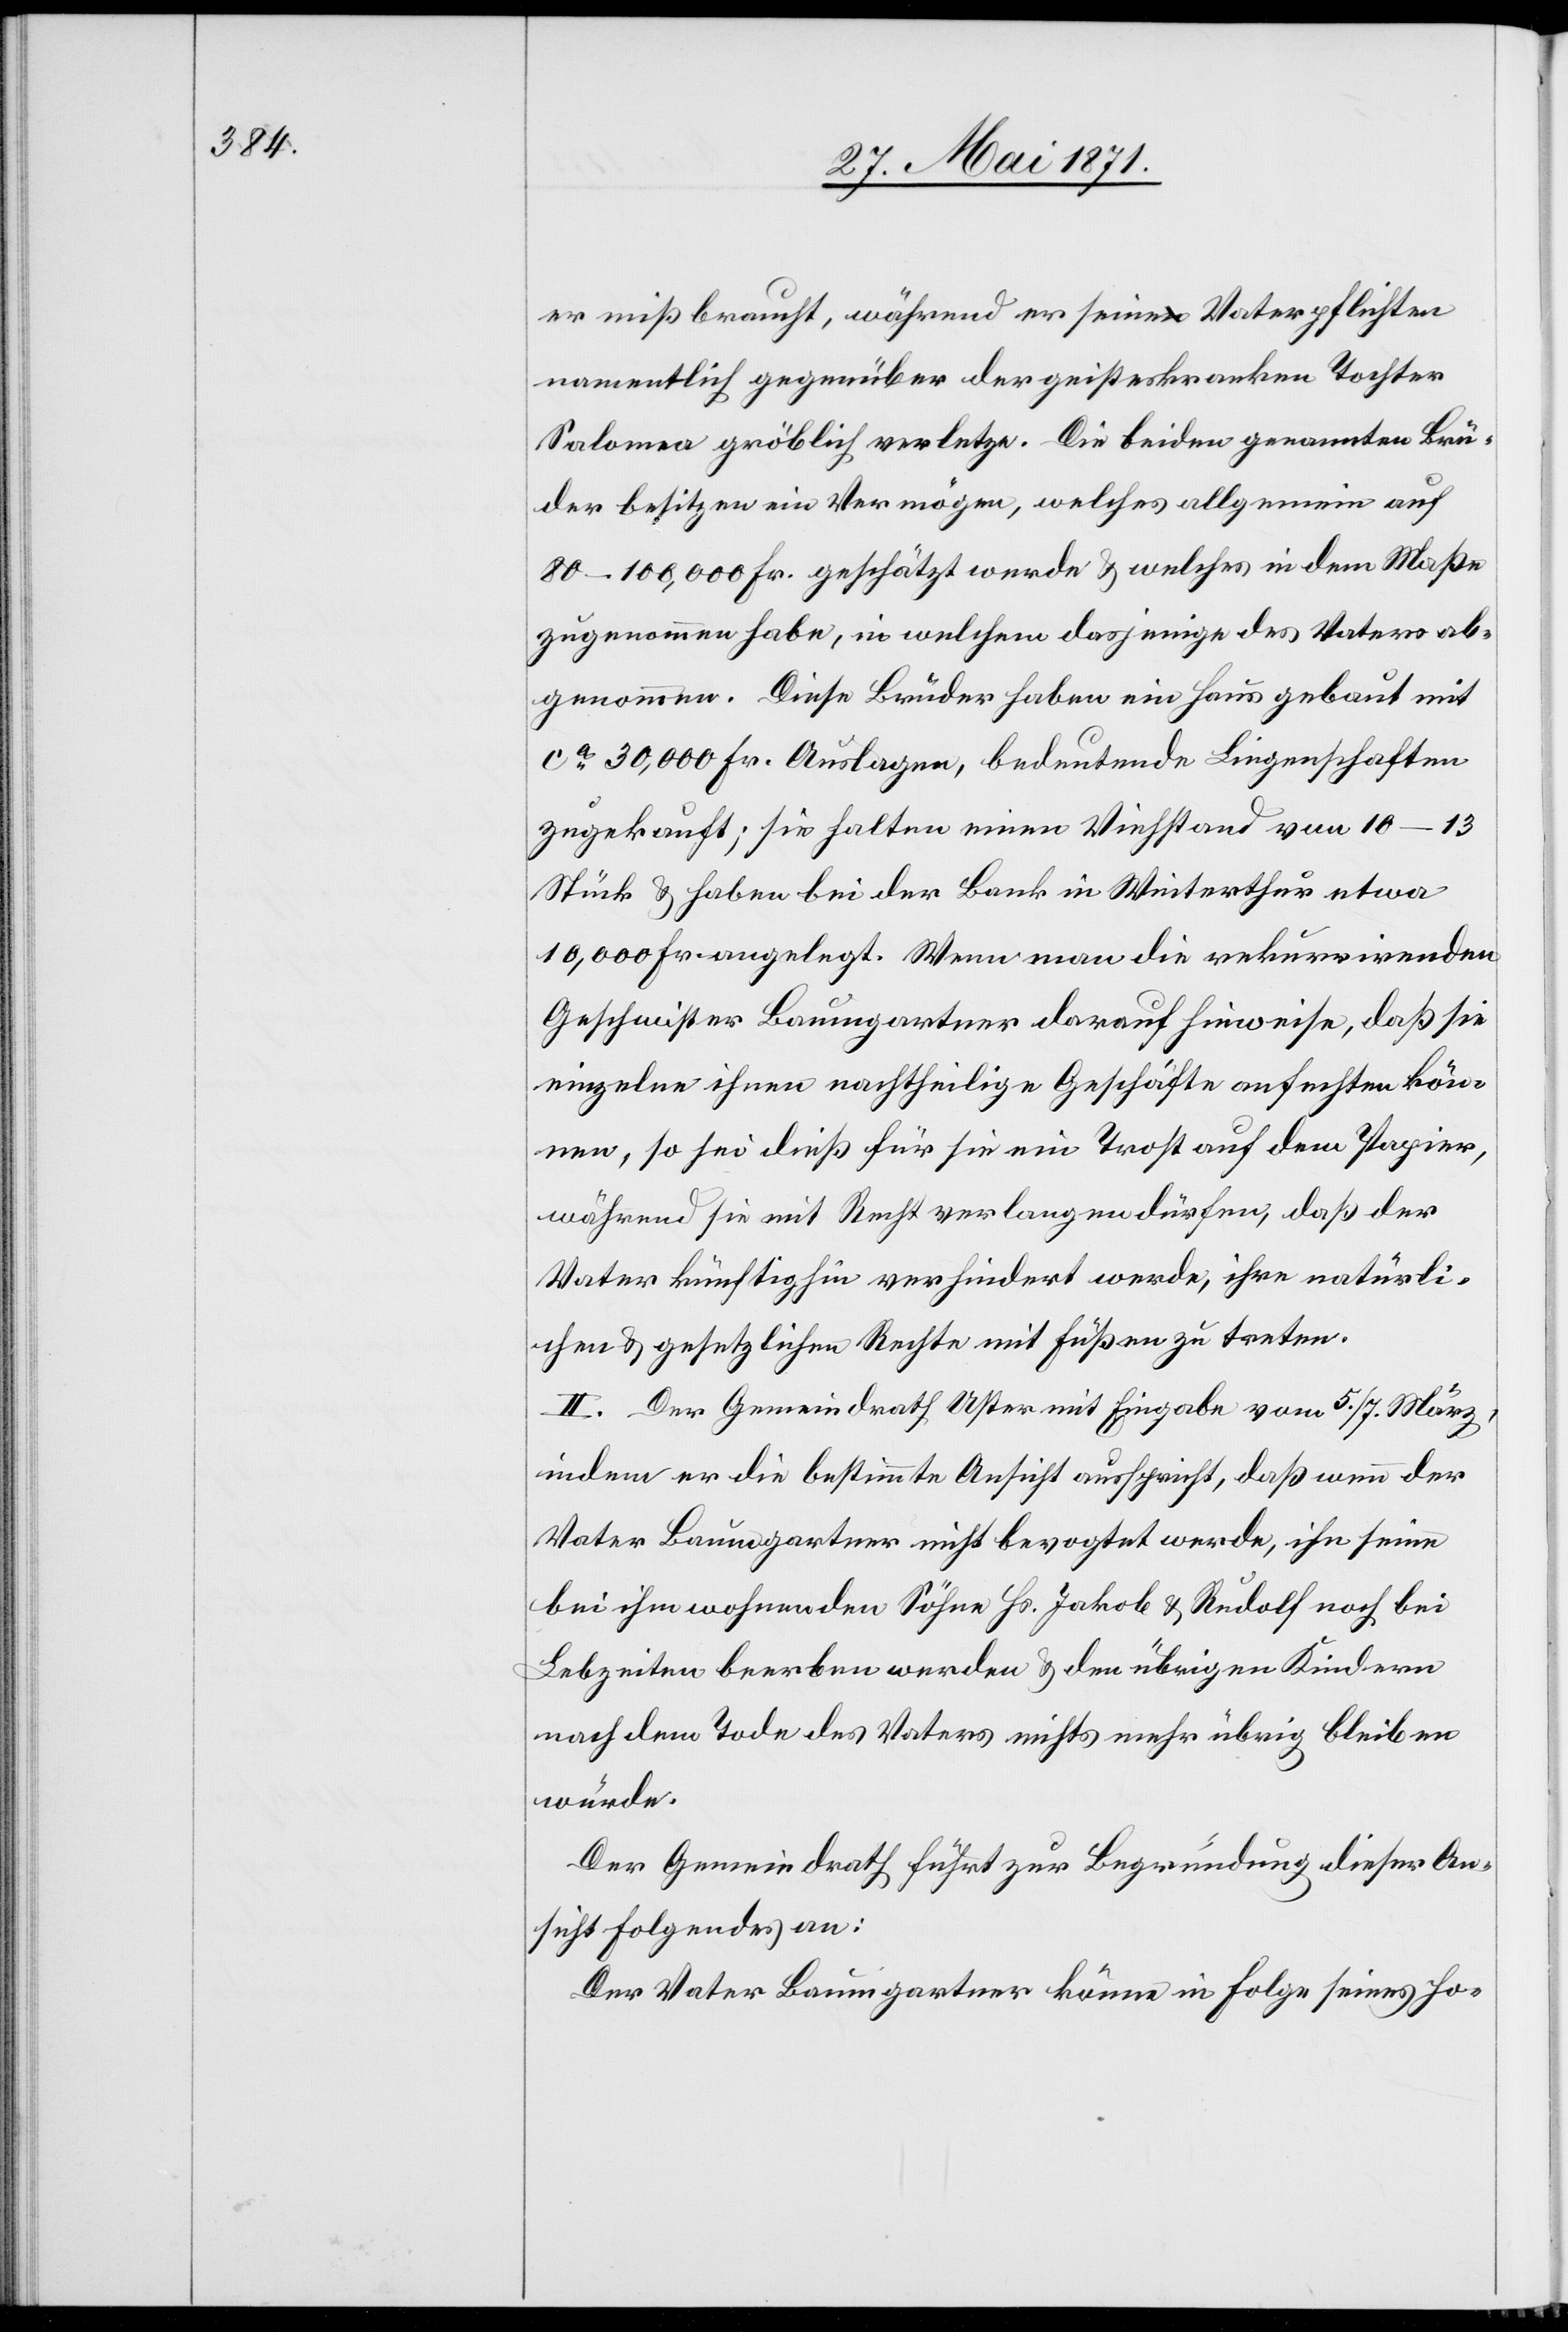
er mißbraucht, während er seine Vaterpflichten
namentlich gegenüber der geisteskranken Tochter
Salomea gröblich verletze. Die beiden genannten Brü¬
der besitzen ein Vermögen, welches allgemein auf
80–100,000 Fr. geschätzt werde u. welches in dem Maße
zugenommen habe, in welchem dasjenige des Vaters ab¬
genommen. Diese Brüder haben ein Haus gebaut mit
ca. 30,000 Fr. Auslagen, bedeutende Liegenschaften
zugekauft; sie halten einen Viehstand von 10–13
Stück u. haben bei der Bank in Winterthur etwa
10,000 Fr. angelegt. Wenn man die rekurrirenden
Geschwister Baumgartner darauf hinweise, daß sie
einzelne ihnen nachtheilige Geschäfte anfechten kön¬
nen, so sei dieß für sie ein Trost auf dem Papier,
während sie mit Recht verlangen dürfen, daß der
Vater künftighin verhindert werde, ihre natürli¬
chen u. gesetzlichen Rechte mit Füßen zu treten.
II. Der Gemeindrath Uster mit Eingabe vom 5./7. März,
indem er die bestimmte Ansicht ausspricht, daß wenn der
Vater Baumgartner nicht bevogtet werde, ihn seine
bei ihm wohnenden Söhne Hs. Jakob u. Rudolf noch bei
Lebzeiten beerben werden u. den übrigen Kindern
nach dem Tode des Vaters nichts mehr übrig bleiben
würde.
Der Gemeindrath führt zur Begründung dieser An¬
sicht Folgendes an:
Der Vater Baumgartner könne in Folge seines ho-